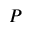
P